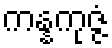
ကန္နကုဇ္ဇံ